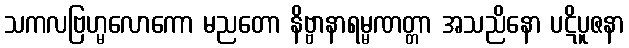
သကလဗြဟ္မလောကော မညတော နိဗ္ဗာနာရမ္မဏတ္တာ အသညိနော ပဋိပူဇနာ